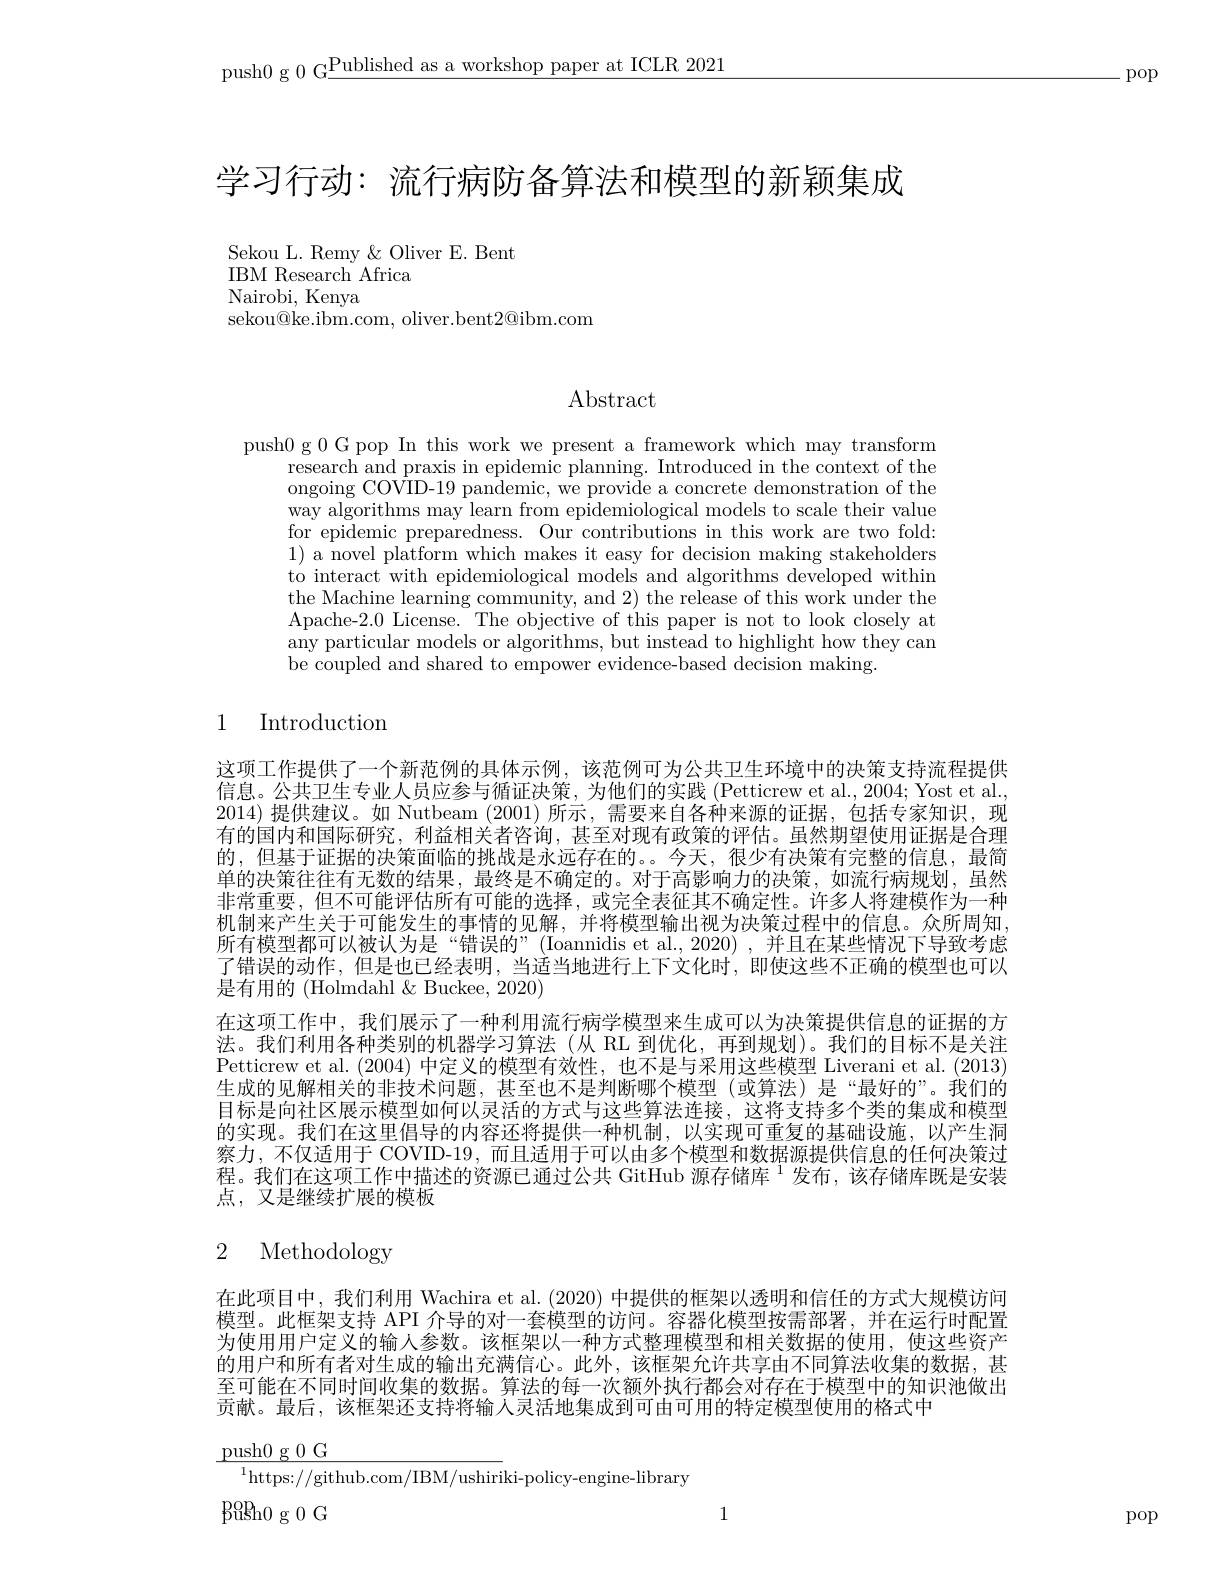
push0 g 0 G$\underline\text{Published as a workshop paper at ICLR 2021}$

.pop

学习行动：流行病防备算法和模型的新颖集成

Sekou L. Remy & Oliver E. Bent
IBM Research Africa
Nairobi, Kenya
sekou@ke.ibm.com, oliver.bent2@ibm.com

# Abstract

push0 g 0 G pop In this work we present a framework which may transform
research and praxis in epidemic planning. Introduced in the context of the ongoing COVID-19 pandemic, we provide a concrete demonstration of the way algorithms may learn from epidemiological models to scale their value for epidemic preparedness. Our contributions in this work are two fold: 1) a novel platform which makes it easy for decision making stakeholders to interact with epidemiological models and algorithms developed within the Machine learning community, and 2) the release of this work under the Apache-2.0 License. The objective of this paper is not to look closely at any particular models or algorithms, but instead to highlight how they can be coupled and shared to empower evidence-based decision making.

1

# Introduction

这项工作提供了一个新范例的具体示例，该范例可为公共卫生环境中的决策支持流程提供信息。公共卫生专业人员应参与循证决策，为他们的实践 (Petticrew et al., 2004; Yost et al., 2014) 提供建议。如 Nutbeam (2001)所示，需要来自各种来源的证据，包括专家知识，现有的国内和国际研究，利益相关者咨询，甚至对现有政策的评估。虽然期望使用证据是合理的，但基于证据的决策面临的挑战是永远存在的。。今天，很少有决策有完整的信息，最简单的决策往往有无数的结果，最终是不确定的。对于高影响力的决策，如流行病规划，虽然非常重要，但不可能评估所有可能的选择，或完全表征其不确定性。许多人将建模作为一种机制来产生关于可能发生的事情的见解，并将模型输出视为决策过程中的信息。众所周知， 所有模型都可以被认为是“错误的”(Ioannidis et al., 2020) , 并且在某些情况下导致考虑了错误的动作，但是也已经表明，当适当地进行上下文化时，即使这些不正确的模型也可以是有用的 (Holmdahl & Buckee, 2020)
在这项工作中，我们展示了一种利用流行病学模型来生成可以为决策提供信息的证据的方法。我们利用各种类别的机器学习算法(从 RL 到优化，再到规划)。我们的目标不是关注Petticrew et al. (2004)中定义的模型有效性，也不是与采用这些模型 Liverani et al. (2013) 生成的见解相关的非技术问题，甚至也不是判断哪个模型(或算法)是“最好的”。我们的目标是向社区展示模型如何以灵活的方式与这些算法连接，这将支持多个类的集成和模型的实现。我们在这里倡导的内容还将提供一种机制，以实现可重复的基础设施，以产生洞察力，不仅适用于 COVID-19, 而且适用于可以由多个模型和数据源提供信息的任何决策过程。我们在这项工作中描述的资源已通过公共 GitHub 源存储库 $^{1}$发布，该存储库既是安装点，又是继续扩展的模板

## 2 Methodology

在此项目中，我们利用 Wachira et al. (2020) 中提供的框架以透明和信任的方式大规模访问模型。此框架支持 API 介导的对一套模型的访问。容器化模型按需部署，并在运行时配置为使用用户定义的输人参数。该框架以一种方式整理模型和相关数据的使用，使这些资产的用户和所有者对生成的输出充满信心。此外，该框架允许共享由不同算法收集的数据，甚至可能在不同时间收集的数据。算法的每一次额外执行都会对存在于模型中的知识池做出贡献。最后，该框架还支持将输人灵活地集成到可由可用的特定模型使用的格式中
$$\begin{array}{l}\text{push0 g0 G}\\\hline^1\text{https://github.com/IBM/ushiri}\text{ki-policy-engine-library}\\\text{pash0 g0 G}\end{array}$$
pop